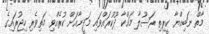
މާތް ނަބިއްޔާ ކީރިތި ރަސޫލާ މައްކާ ދޫކުރައްވައި މަދީނާއަށް ކުރެއްވި މަތިވެރި ހިޖުރައިގެ